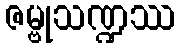
ဇမ္ဗုသဏ္ဍဿ